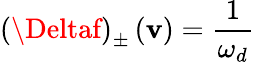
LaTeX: \left(\Deltaf\right)_{\pm}\left(\mathbf{v}\right)=\frac{{1}}{{\omega_{d}}}